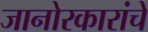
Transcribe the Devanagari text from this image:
जानोरकारांचे